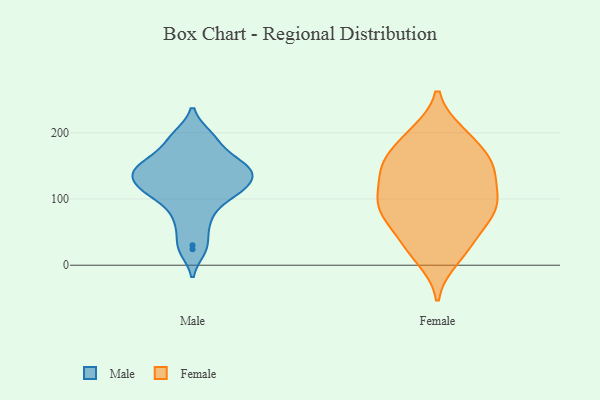
{"axis": {"x": "Humidity (%)", "y": "Value"}, "legend": ["Female", "Male"], "data": [{"x": "", "y": 146, "type": "Male"}, {"x": "", "y": 117, "type": "Male"}, {"x": "", "y": 152, "type": "Male"}, {"x": "", "y": 105, "type": "Male"}, {"x": "", "y": 155, "type": "Male"}, {"x": "", "y": 195, "type": "Male"}, {"x": "", "y": 182, "type": "Male"}, {"x": "", "y": 72, "type": "Male"}, {"x": "", "y": 131, "type": "Male"}, {"x": "", "y": 117, "type": "Male"}, {"x": "", "y": 140, "type": "Male"}, {"x": "", "y": 135, "type": "Male"}, {"x": "", "y": 24, "type": "Male"}, {"x": "", "y": 65, "type": "Male"}, {"x": "", "y": 140, "type": "Male"}, {"x": "", "y": 105, "type": "Male"}, {"x": "", "y": 195, "type": "Male"}, {"x": "", "y": 109, "type": "Male"}, {"x": "", "y": 30, "type": "Male"}, {"x": "", "y": 158, "type": "Male"}, {"x": "", "y": 85, "type": "Female"}, {"x": "", "y": 110, "type": "Female"}, {"x": "", "y": 199, "type": "Female"}, {"x": "", "y": 147, "type": "Female"}, {"x": "", "y": 148, "type": "Female"}, {"x": "", "y": 87, "type": "Female"}, {"x": "", "y": 34, "type": "Female"}, {"x": "", "y": 145, "type": "Female"}, {"x": "", "y": 196, "type": "Female"}, {"x": "", "y": 34, "type": "Female"}, {"x": "", "y": 171, "type": "Female"}, {"x": "", "y": 70, "type": "Female"}, {"x": "", "y": 10, "type": "Female"}, {"x": "", "y": 87, "type": "Female"}, {"x": "", "y": 144, "type": "Female"}, {"x": "", "y": 95, "type": "Female"}]}